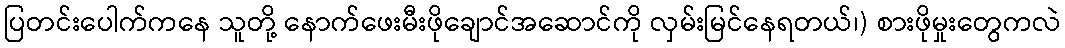
ပြတင်းပေါက်ကနေ သူတို့ နောက်ဖေးမီးဖိုချောင်အဆောင်ကို လှမ်းမြင်နေရတယ်၊) စားဖိုမှုးတွေကလဲ